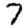
Digit: 7